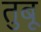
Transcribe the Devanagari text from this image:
तुबू